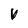
Character: V